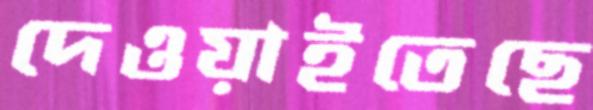
দেওয়াইতেছে